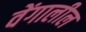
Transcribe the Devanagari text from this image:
वेंगालील